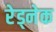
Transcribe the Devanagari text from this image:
रेड्नेक